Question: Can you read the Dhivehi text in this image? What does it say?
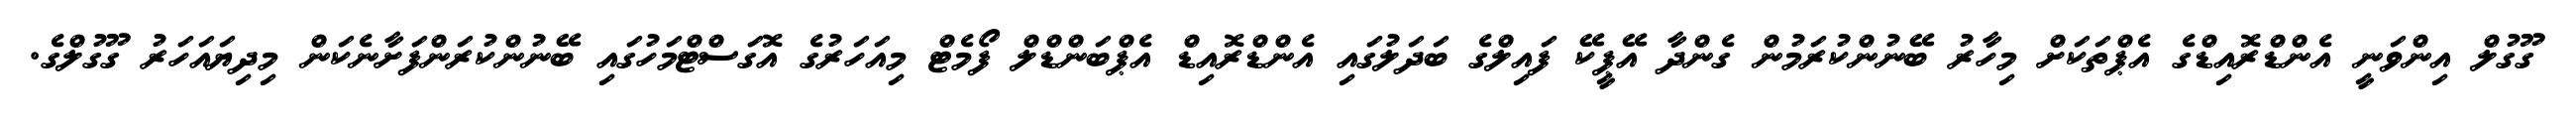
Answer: ގޫގުލް އިންވަނީ އެންޑްރޮއިޑްގެ އެޕްތަކަށް މިހާރު ބޭނުންކުރަމުން ގެންދާ އޭޕީކޭ ފައިލްގެ ބަދަލުގައި އެންޑްރޮއިޑް އެޕްބަންޑްލް ފޯމެޓް މިއަހަރުގެ އޮގަސްޓްމަހުގައި ބޭނުންކުރަންފަށާނެކަން މިދިޔައަހަރު ގޫގުލްގެ.